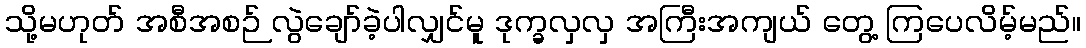
သို့မဟုတ် အစီအစဉ် လွဲချော်ခဲ့ပါလျှင်မူ ဒုက္ခလှလှ အကြီးအကျယ် တွေ့ ကြပေလိမ့်မည်။